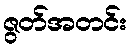
ဇွတ်အတင်း